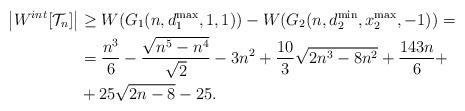
LaTeX: \begin{align*}\left\vert W^{int}[\mathcal{T}_{n}]\right\vert & \geq W(G_{1}(n,d_{1}^{\max},1,1))-W(G_{2}(n,d_{2}^{\min},x_{2}^{\max},-1))=\\& =\frac{n^{3}}{6}-\frac{\sqrt{n^{5}-n^{4}}}{\sqrt{2}}-3n^{2}+\frac{10}{3}\sqrt{2n^{3}-8n^{2}}+\frac{143n}{6}+\\& +25\sqrt{2n-8}-25.\end{align*}